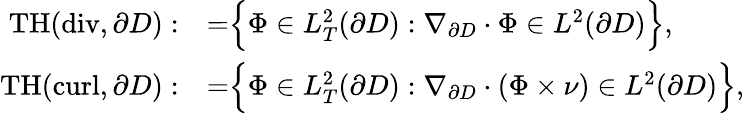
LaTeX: \begin{array}{rl}{\mathrm{TH}(\mathrm{div},\partial D):}&{=\Bigr\{ {\Phi}\in L_{T}^{2}(\partial D):\nabla_{\partial D}\cdot{\Phi}\in L^{2}(\partial D)\Bigr\} ,}\\ {\mathrm{TH}(\mathrm{curl},\partial D):}&{=\Bigr\{ {\Phi}\in L_{T}^{2}(\partial D):\nabla_{\partial D}\cdot({\Phi}\times{\nu})\in L^{2}(\partial D)\Bigr\} ,}\end{array}